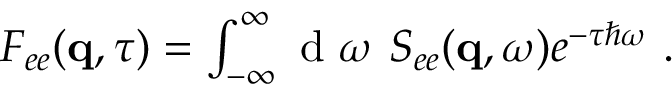
\begin{array} { r } { F _ { e e } ( \mathbf { q } , \tau ) = \int _ { - \infty } ^ { \infty } \textnormal { d } \omega \ S _ { e e } ( \mathbf { q } , \omega ) e ^ { - \tau \hbar \omega } \ . } \end{array}